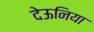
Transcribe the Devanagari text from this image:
देऊनिया